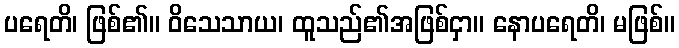
ပရေတိ၊ ဖြစ်၏။ ဝိသေသာယ၊ ထူသည်၏အဖြစ်ငှာ။ နောပရေတိ၊ မဖြစ်။